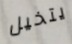
يتخيل